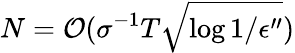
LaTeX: N=\mathcal{O}(\sigma^{-1}T\sqrt{\log{1/\epsilon^{\prime\prime}}})